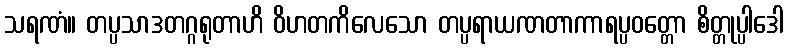
သရဏံ။ တပ္ပသာဒတဂ္ဂရုတာဟိ ဝိဟတကိလေသော တပ္ပရာယဏတာကာရပ္ပဝတ္တော စိတ္တုပ္ပါဒေါ